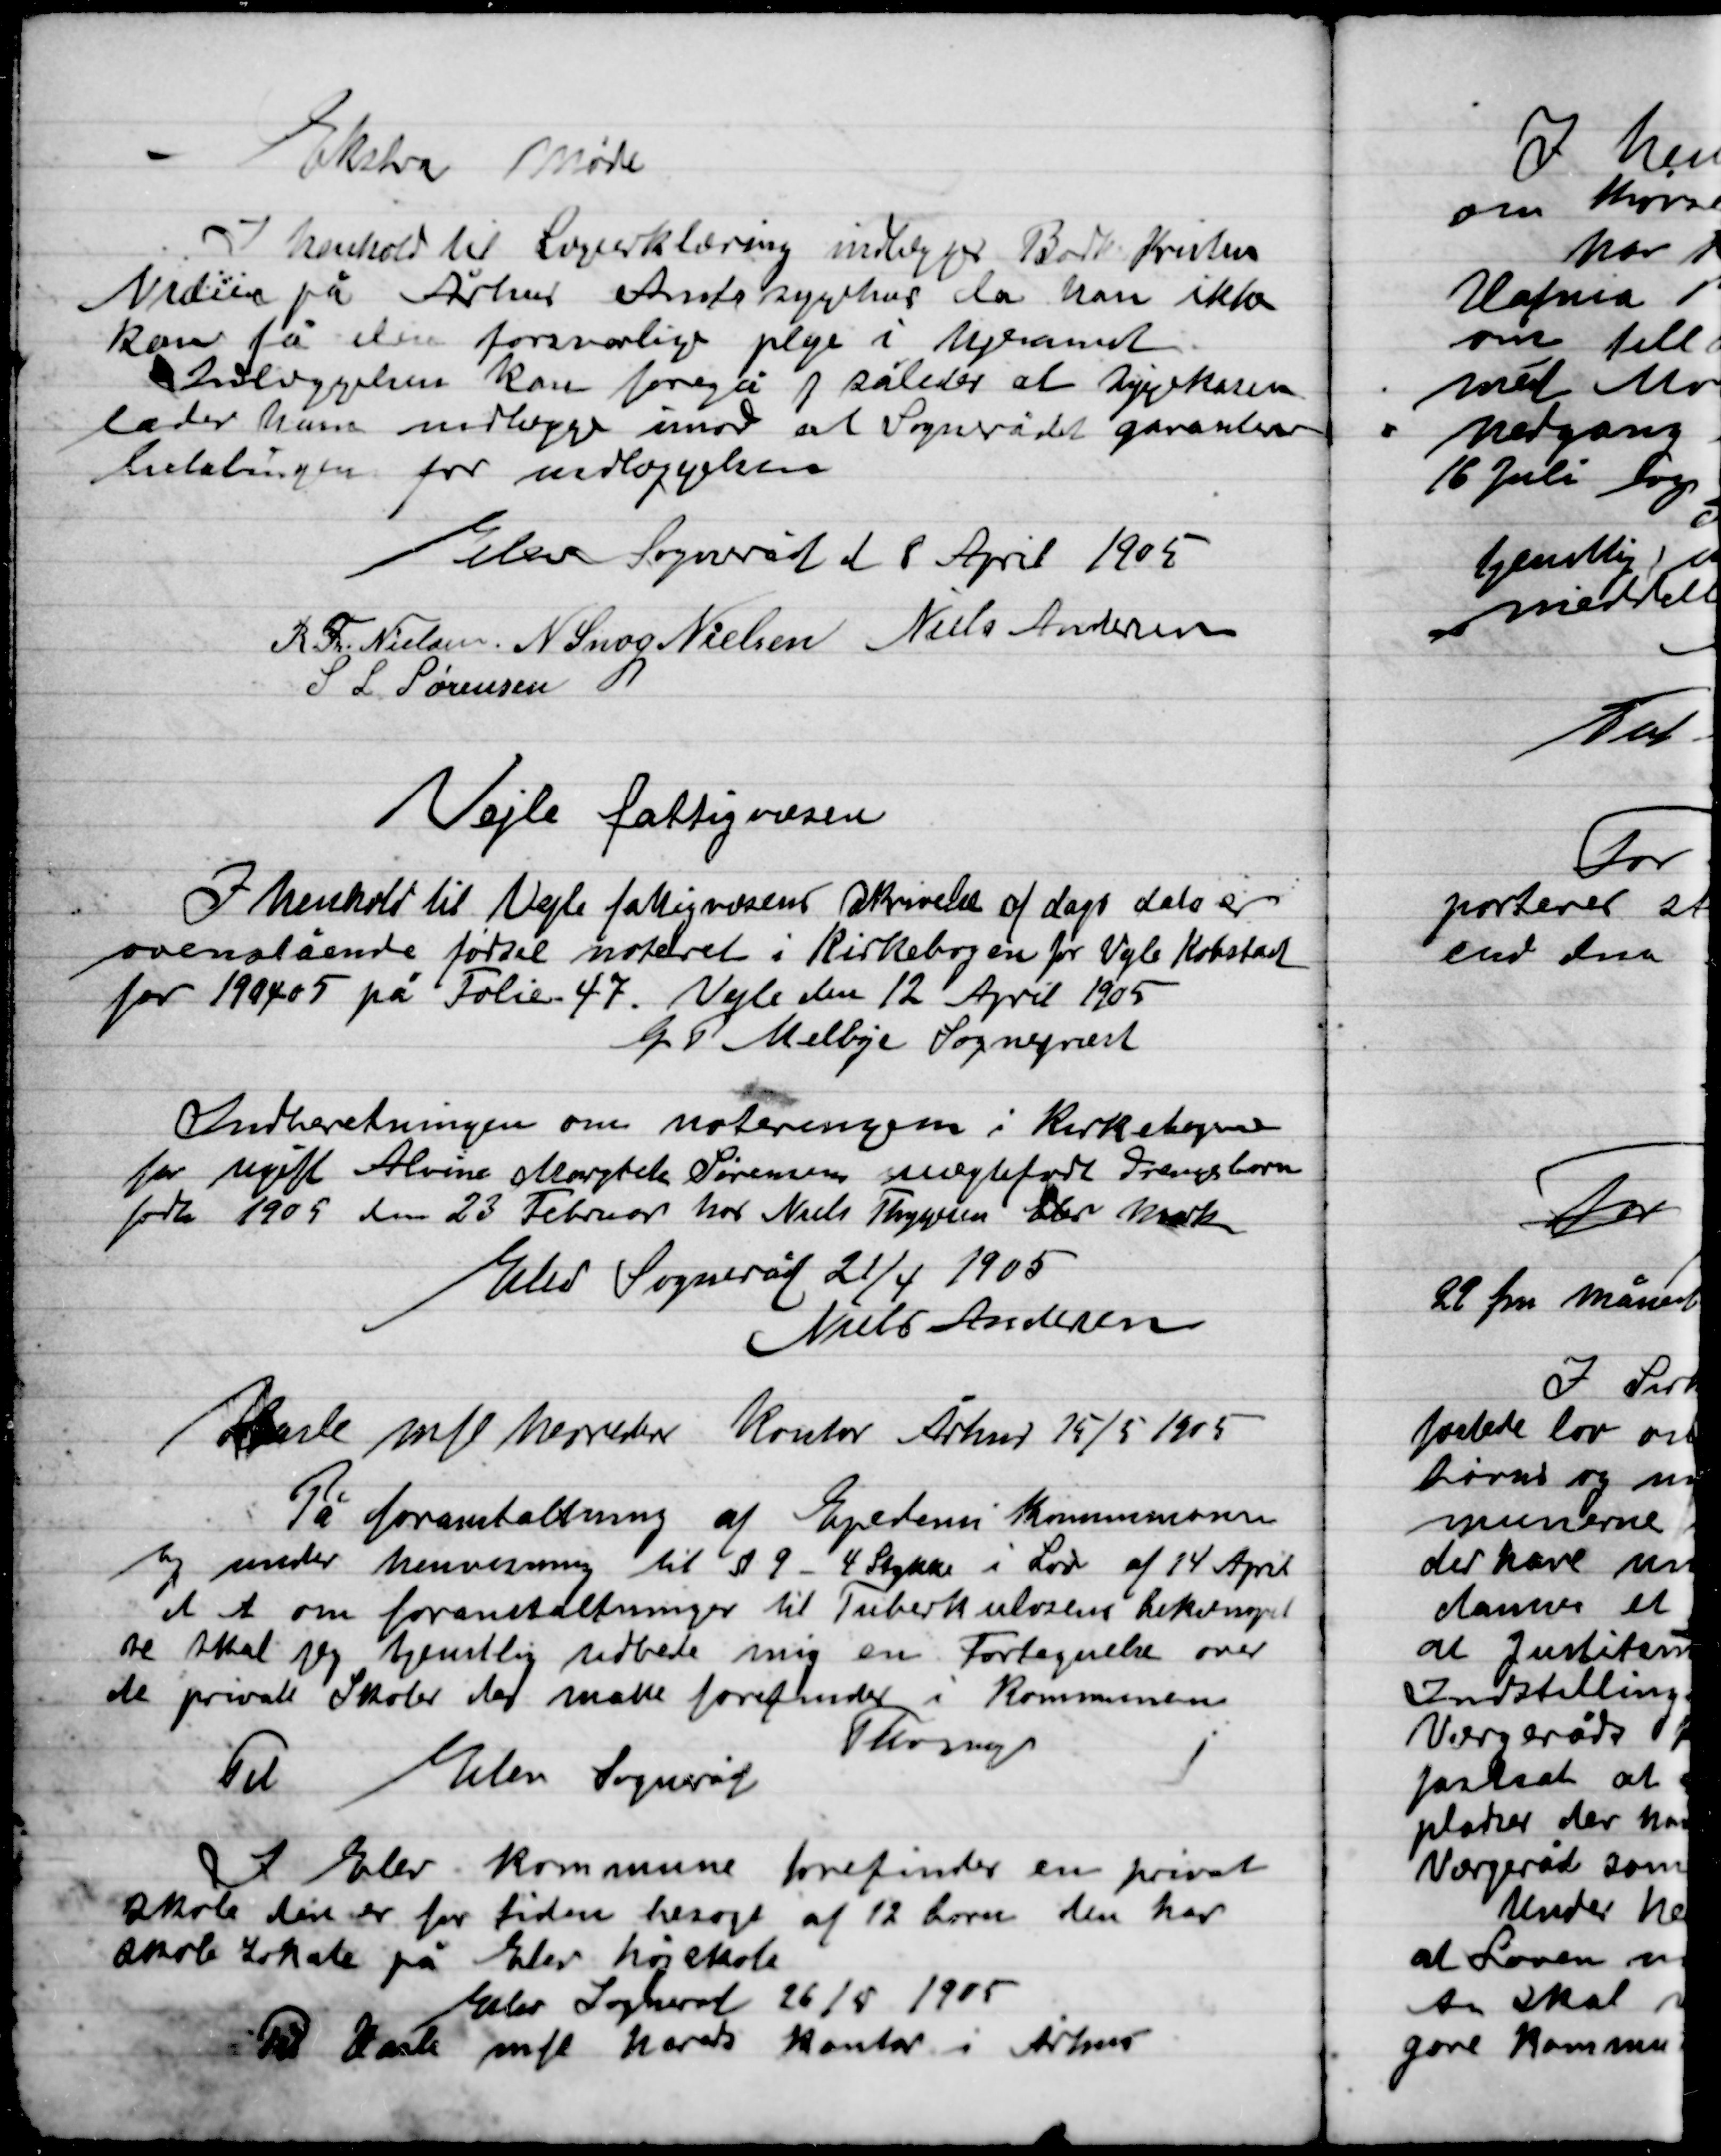
Transskription:
Ekstra møde
I henhold til Lægeerklæring indlægger Boelsm. Kristen
Niels på Århus Amtssygehus da han ikke
kan få den forsvarlige pleje i Vejleamt
Indlæggelsen kan foregå i således at Sygekassen
lade ham indlægge imod at Sognerådet garanterer
betalingen for indlæggelsen

Elev Sogneråd d 8 April 1905

R. Th. Nielsen,
N. Snog Nielsen
Niels Andersen
S. L. Sørensen

Vejle fattigvæsen

I henhold til Vejle fattig væsens skrivelse af dags dato er
overstående fødsel noteret i Kirkebogen for Vejle Købstad
for 1904 05 på Folie 47. Vejle den 12 April 1905
G. P. Melbye Sognerådet

Indberetningen om noteringen i Kirkebogen
For ugift Alvine Magrethe Sørensen uægte født Drengebarn
født 1905 den 23 Februar hos Niels Thygesen Elev mark
Elev Sogneråd 21/4 1905
Niels Andersen

Hasle mfl herreders Kontor Århus 15/5 1905
På foranstaltning af Ejendoms kommunen
og under henvisning til § 9-4 Stykke i Lov af 14 April
d. A. om foranstaltning til Tuberkulosens bekæmpelse
skal jeg tjenstlig notere mig en Fortegnelse over
de private skoler der maatte forefindes i Kommunen
Thorup
Til elev Sogneråd

I Elev Kommune forefindes en privat
Skole der er for tiden besøgt af 12 børn den har
Skole Lokale på elev højskole
Elev Sogneråd 26/5 1905
Til Hasle mfl Herreds kontor i Århus